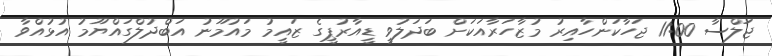
ޖަލްސާ 11:00 ޖަހާކަންހާއިރު މުޒާހަރާއަކަށް ބަދަލުވީ ޑީއާރުޕީގެ ޒައީމު މައުމޫނު އަބްދުލްގައްޔޫމު އުޅުއްވާ